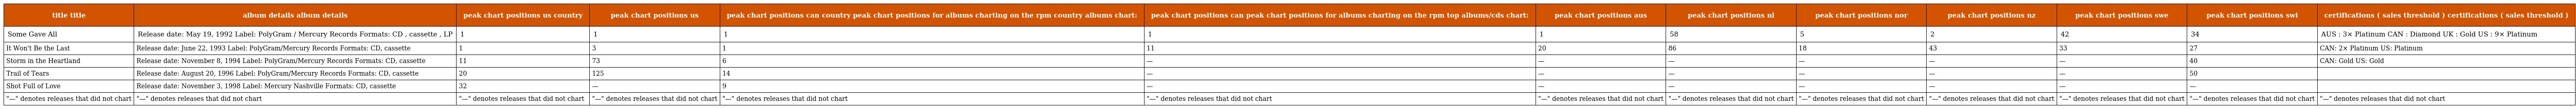
| title title | album details album details | peak chart positions us country | peak chart positions us | peak chart positions can country peak chart positions for albums charting on the rpm country albums chart: | peak chart positions can peak chart positions for albums charting on the rpm top albums/cds chart: | peak chart positions aus | peak chart positions nl | peak chart positions nor | peak chart positions nz | peak chart positions swe | peak chart positions swi | certifications ( sales threshold ) certifications ( sales threshold ) |
 | --- | --- | --- | --- | --- | --- | --- | --- | --- | --- | --- | --- | --- |
 | Some Gave All | Release date: May 19, 1992 Label: PolyGram / Mercury Records Formats: CD , cassette , LP | 1 | 1 | 1 | 1 | 1 | 58 | 5 | 2 | 42 | 34 | AUS : 3× Platinum CAN : Diamond UK : Gold US : 9× Platinum |
 | It Won't Be the Last | Release date: June 22, 1993 Label: PolyGram/Mercury Records Formats: CD, cassette | 1 | 3 | 1 | 11 | 20 | 86 | 18 | 43 | 33 | 27 | CAN: 2× Platinum US: Platinum |
 | Storm in the Heartland | Release date: November 8, 1994 Label: PolyGram/Mercury Records Formats: CD, cassette | 11 | 73 | 6 | — | — | — | — | — | — | 40 | CAN: Gold US: Gold |
 | Trail of Tears | Release date: August 20, 1996 Label: PolyGram/Mercury Records Formats: CD, cassette | 20 | 125 | 14 | — | — | — | — | — | — | 50 |  |
 | Shot Full of Love | Release date: November 3, 1998 Label: Mercury Nashville Formats: CD, cassette | 32 | — | 9 | — | — | — | — | — | — | — |  |
 | "—" denotes releases that did not chart | "—" denotes releases that did not chart | "—" denotes releases that did not chart | "—" denotes releases that did not chart | "—" denotes releases that did not chart | "—" denotes releases that did not chart | "—" denotes releases that did not chart | "—" denotes releases that did not chart | "—" denotes releases that did not chart | "—" denotes releases that did not chart | "—" denotes releases that did not chart | "—" denotes releases that did not chart | "—" denotes releases that did not chart |